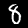
Label: 8